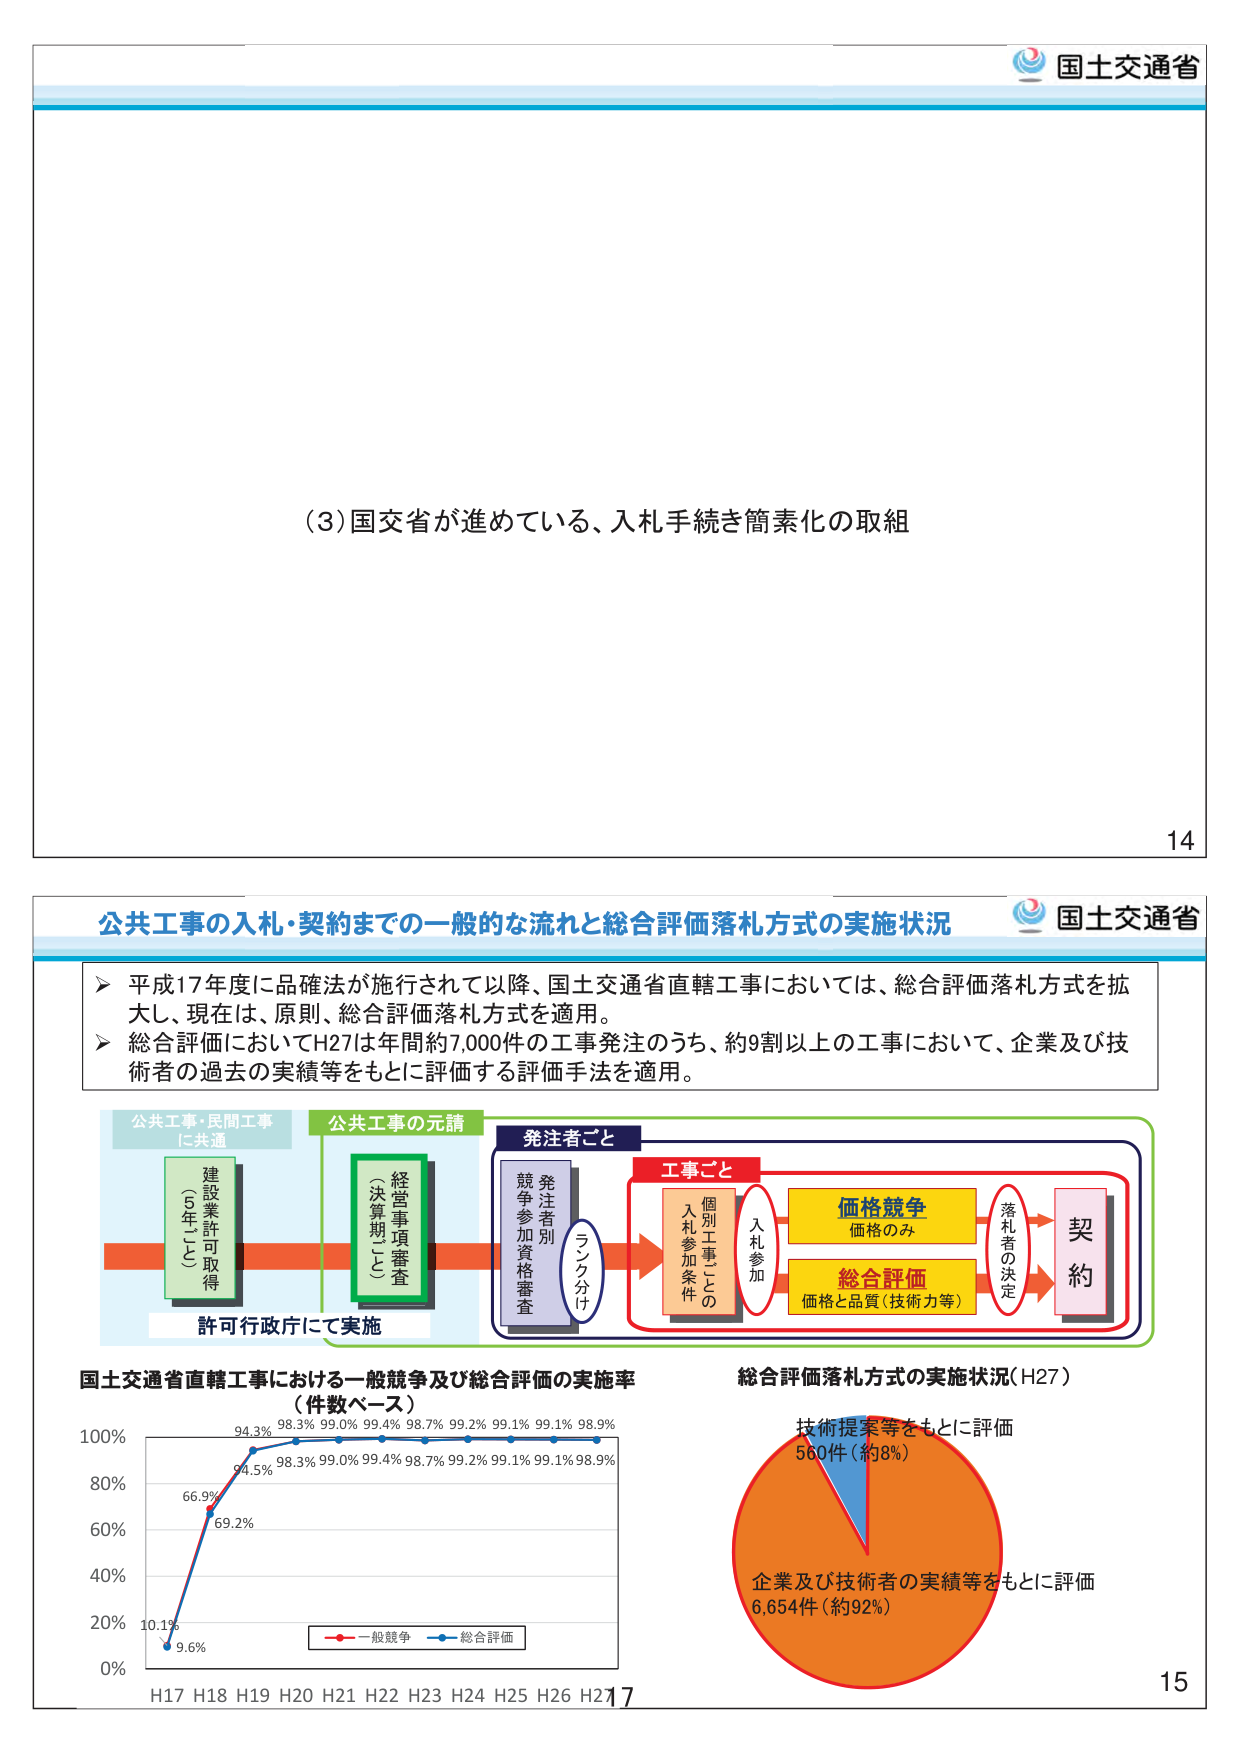
(3) 国交省が進めている、入札手続き簡素化の取組

14

公共工事の入札・契約まで的一般的な流れと総合評価落札方式の実施状況

▶ 平成17年度に品確法が施行されて以降、国土交通省直轄工事においては、総合評価落札方式を拡大し、現在は、原則、総合評価落札方式を適用。
▶ 総合評価においてH27は年間約7,000件の工事発注のうち、約9割以上の工事において、企業及び技術者の過去の実績等をもとに評価する評価手法を適用。

公共工事・民間工事
に共通
建設業許可取得
（5年11月）
公共工事の元請
経営事項審査
（決算期11月）
発注者ごと
競争参加資格審査
発注者別
ランク分け
工事ごと
個別工事ごとの
入札参加条件
入札参加
価格競争
価格のみ
総合評価
価格と品質（技術力等）
落札者の決定
契約
許可行政庁にて実施

国土交通省直轄工事における一般競争及び総合評価の実施率
（件数ベース）
100%
80%
60%
40%
20%
0%
H17 H18 H19 H20 H21 H22 H23 H24 H25 H26 H27
10.1%
9.6%
66.9%
69.2%
94.5%
94.3%
98.3%
99.0%
99.4%
98.7%
99.2%
99.1%
99.1%
98.9%
98.3%
99.0%
99.4%
98.7%
99.2%
99.1%
99.1%
98.9%
一般競争
総合評価

総合評価落札方式の実施状況（H27）
技術提案等をもとに評価
560件（約8%）
企業及び技術者の実績等をもとに評価
6,654件（約92%）

15